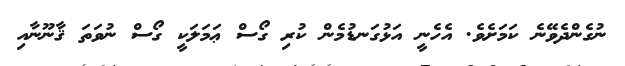
ނުގެންދެވޭނެ ކަމަށެވެ. އެހެނީ އަޅުގަނޑުމެން ކުރި ގޯސް ޢަމަލަކީ ގޯސް ނުވަތަ ޤާނޫނާއި